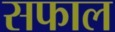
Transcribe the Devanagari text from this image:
सफाल